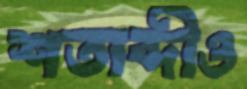
শতাব্দীও